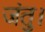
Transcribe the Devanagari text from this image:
जंतु।